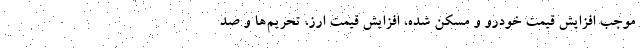
موجب افزایش قیمت خودرو و مسکن شده، افزایش قیمت ارز، تحریم‌ها و صد